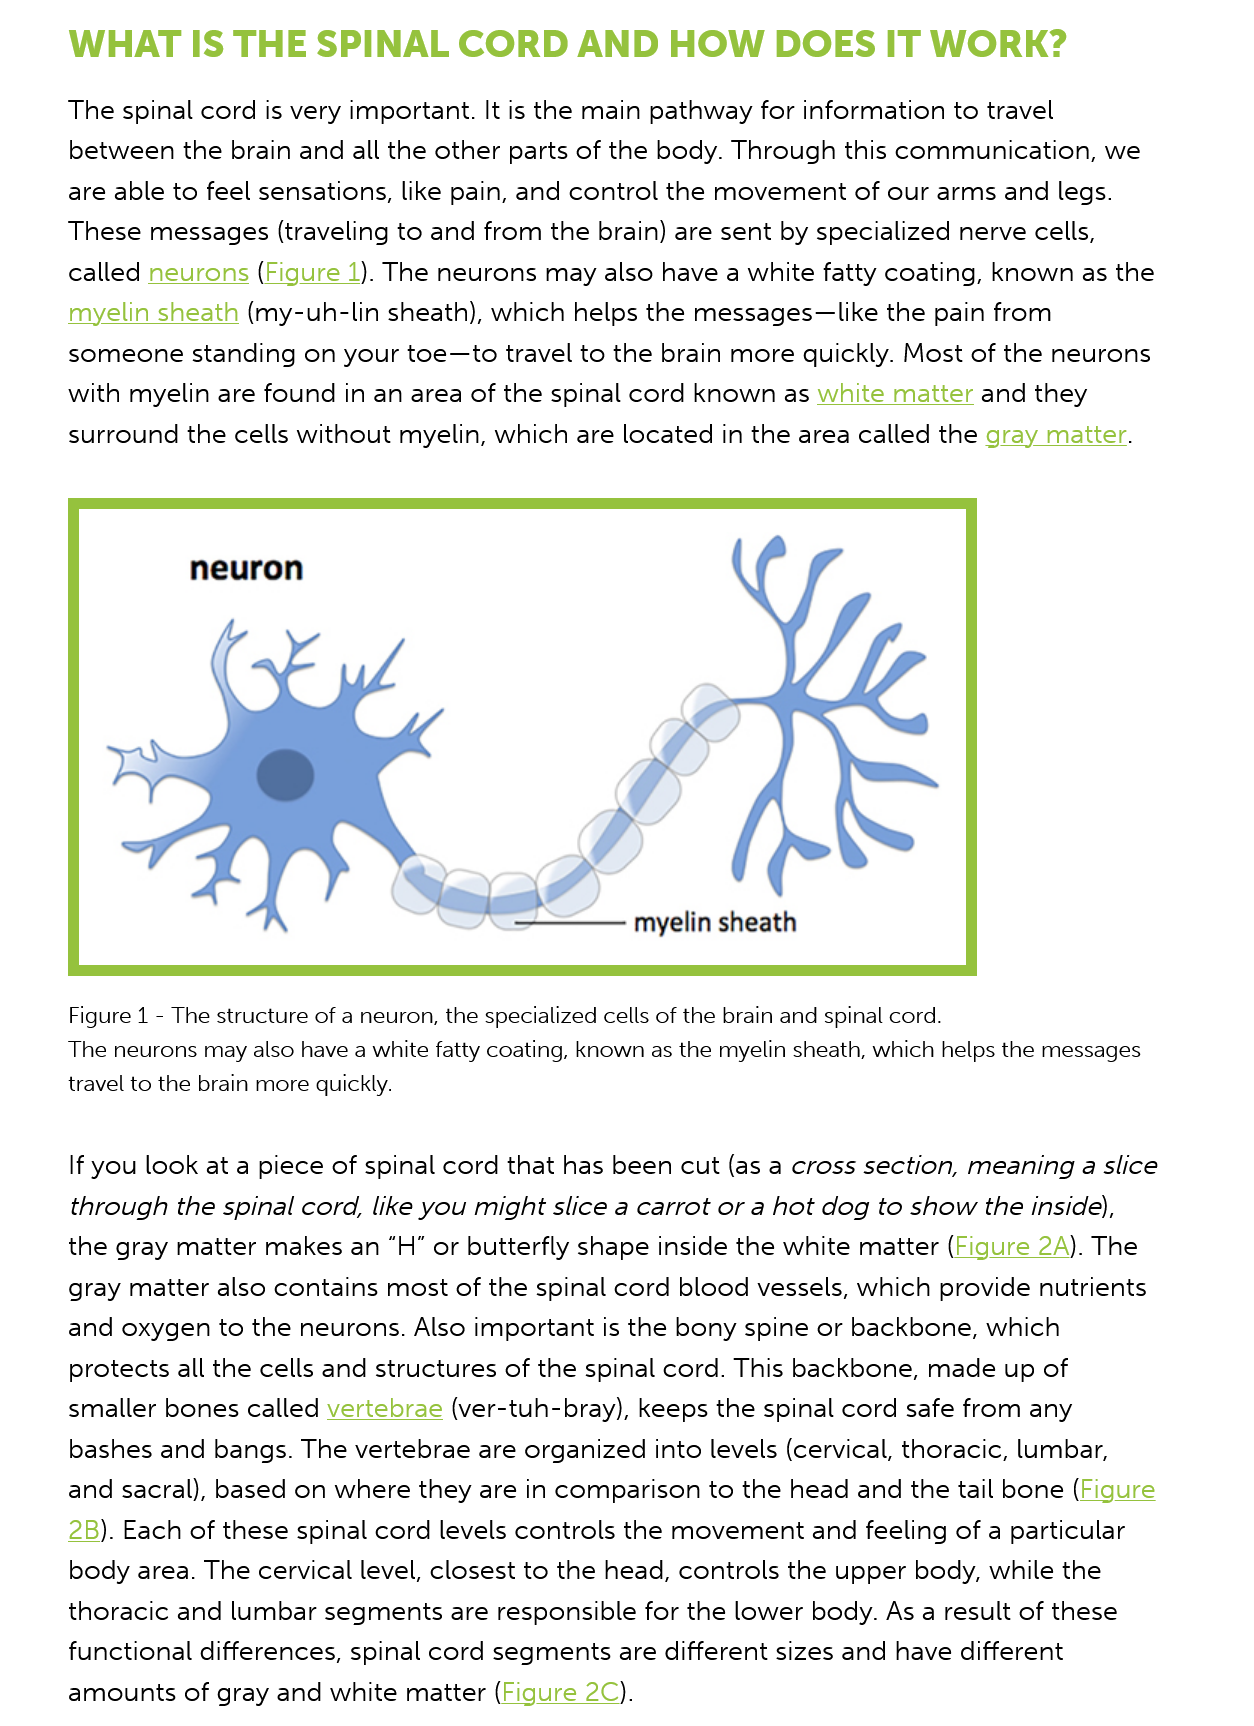
WHAT   IS    THE   SPINAL    CORD    AND    HOW    DOES    IT WORK?
     The spinal cord is very important. It is the main pathway for information to travel
     between the brain and all the other parts of the body. Through this communication, we
     are able to feel sensations, like pain, and control the movement of our arms and legs.
     These messages (traveling to and from the brain) are sent by specialized nerve cells,
     called neurons (Figure 1). The neurons may also have a white fatty coating, known as the
     myelin sheath (my-uh-lin sheath), which helps the messages—like the pain from
     someone standing  on your  toe—to travel to the brain more quickly. Most of the neurons
     with myelin are found in an area of the spinal cord known as white matter and they
     surround the cells without myelin, which are located in the area called the gray matter.
     Figure 1
     -
     The structure of a neuron, the specialized cells of the brain and spinal cord.
     The neurons may also have a white fatty coating, known as the myelin sheath, which helps the messages
     travel to the brain more quickly.
     If you look at a piece of spinal cord that has been cut (as a cross section, meaning a slice
     through the spinal cord, like you might slice a carrot or a hot dog to show the inside),
     the gray matter makes an “H” or butterfly shape inside the white matter (Figure 2A). The

     gray matter also contains most of the spinal cord blood vessels, which provide nutrients
     and oxygen  to the neurons. Also important is the bony spine or backbone, which
     protects all the cells and structures of the spinal cord. This backbone, made up of
     smaller bones called vertebrae (ver-tuh-bray), keeps the spinal cord safe from any
     bashes and bangs. The vertebrae are organized into levels (cervical, thoracic, lumbar,
     and sacral), based on where they are in comparison to the head and the tail bone (Figure
     2B). Each of these spinal cord levels controls the movement and feeling of a particular
     body area. The cervical level, closest to the head, controls the upper body, while the
     thoracic and lumbar segments  are responsible for the lower body. As a result of these
     functional differences, spinal cord segments are different sizes and have different
     amounts  of gray and white matter (Figure 2C).